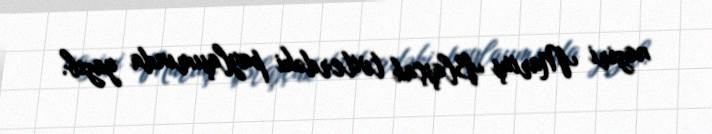
naziri Mariuş Blaşçak tviterdəki paylaşımında yazıb.